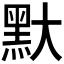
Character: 𪐝